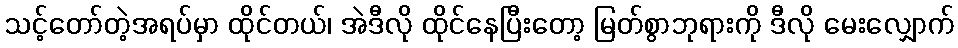
သင့်တော်တဲ့အရပ်မှာ ထိုင်တယ်၊ အဲဒီလို ထိုင်နေပြီးတော့ မြတ်စွာဘုရားကို ဒီလို မေးလျှောက်